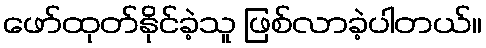
ဖော်ထုတ်နိုင်ခဲ့သူ ဖြစ်လာခဲ့ပါတယ်။